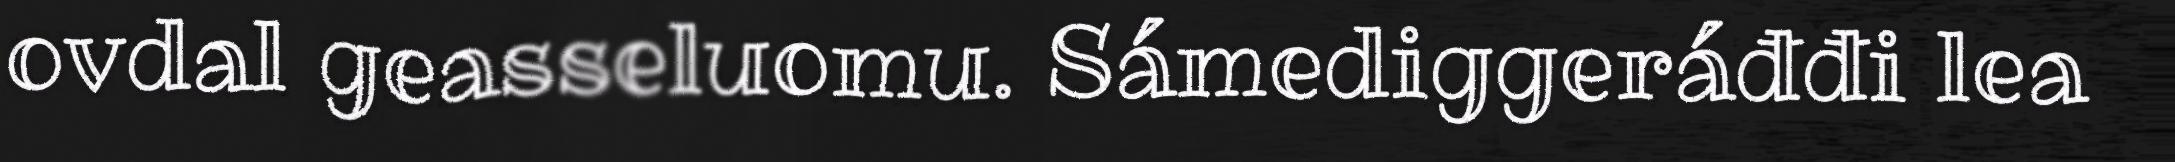
ovdal geasseluomu. Sámediggeráđđi lea